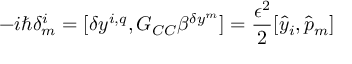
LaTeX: - i \hbar \delta _ { m } ^ { i } = [ \delta y ^ { i , q } , G _ { C C } \beta ^ { \delta y ^ { m } } ] = \frac { \epsilon ^ { 2 } } { 2 } [ { \hat { y } } _ { i } , { \hat { p } } _ { m } ]